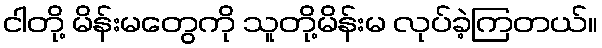
ငါတို့ မိန်းမတွေကို သူတို့မိန်းမ လုပ်ခဲ့ကြတယ်။